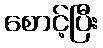
စောင့်ပြီး